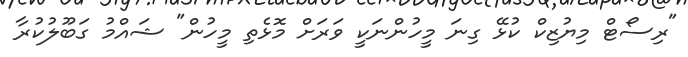
"ރިސޯޓް މިޔުޒިކް ކުޅޭ ގިނަ މީހުންނަކީ ވަރަށް މޮޅެތި މީހުން" ޝައްމު ގަބޫލުކުރާ